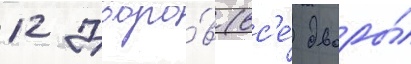
12 дворо́в (вс'е́ дворы́